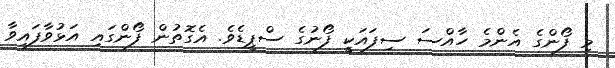
މި ފޯންގެ އެންމެ ހާއްސަ ސިފައަކީ ފޯނުގެ ސްޕީޑެވެ. އެގޮތުން ފޯންގައި އަޅުވާފައިވާ